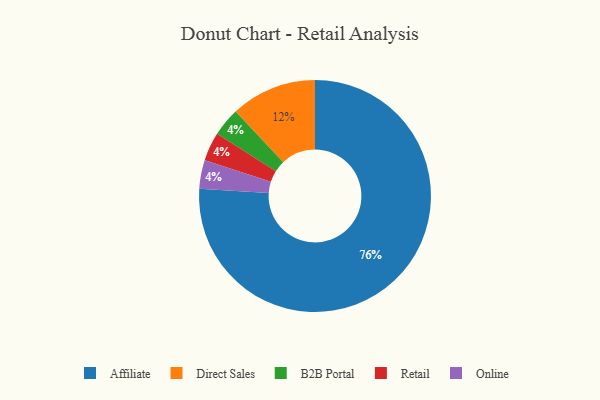
{"axis": {"x": "Category", "y": "Percentage"}, "legend": ["Affiliate", "B2B Portal", "Direct Sales", "Online", "Retail"], "data": [{"x": "B2B Portal", "y": 4, "type": "B2B Portal"}, {"x": "Affiliate", "y": 76, "type": "Affiliate"}, {"x": "Retail", "y": 4, "type": "Retail"}, {"x": "Online", "y": 4, "type": "Online"}, {"x": "Direct Sales", "y": 12, "type": "Direct Sales"}]}